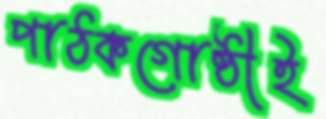
পাঠকগোষ্ঠীই